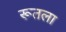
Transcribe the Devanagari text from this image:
रूतला